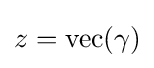
z=\operatorname {vec} (\gamma )